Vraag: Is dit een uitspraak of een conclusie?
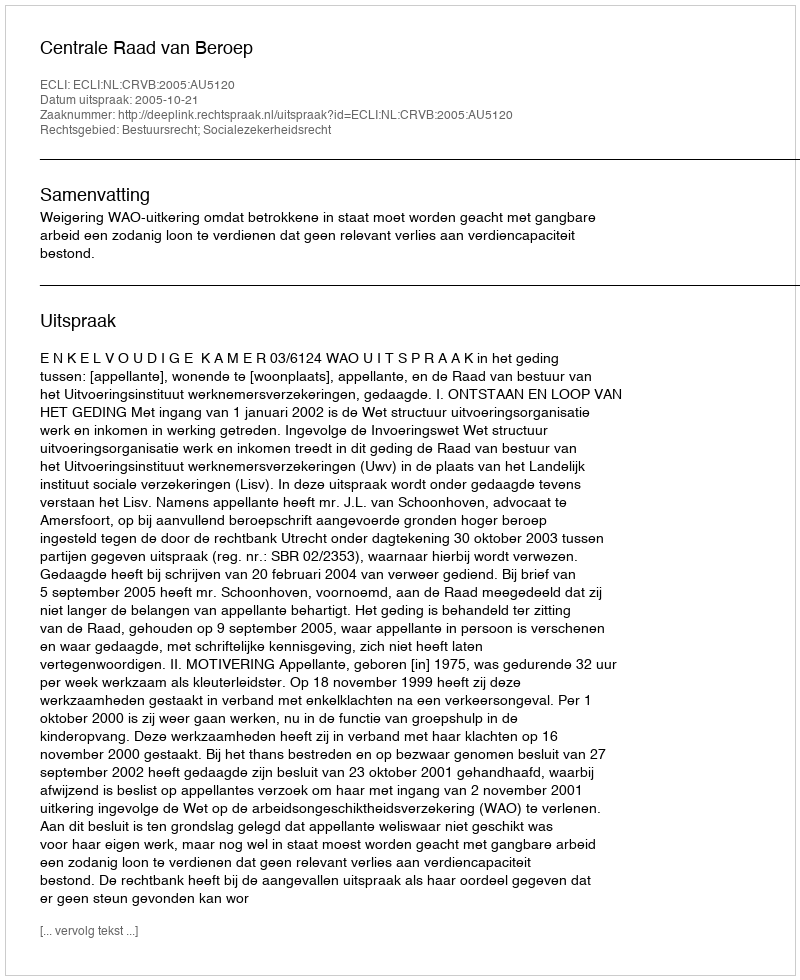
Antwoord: Uitspraak